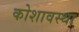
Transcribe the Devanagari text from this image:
कोशावस्था